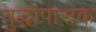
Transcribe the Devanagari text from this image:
बुद्धोपासक